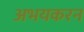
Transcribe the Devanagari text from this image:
अभयकरन